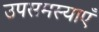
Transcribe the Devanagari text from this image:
उपसमस्याएँ